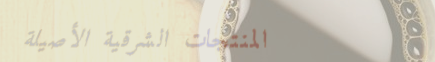
المنتجات الشرقية الأصيلة